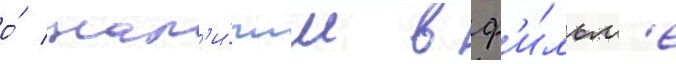
о́ нал'и́чии в ф'и́льм'е